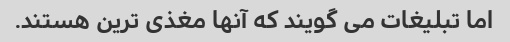
اما تبلیغات می گویند که آنها مغذی ترین هستند.